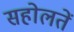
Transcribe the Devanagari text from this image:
सहोलतें